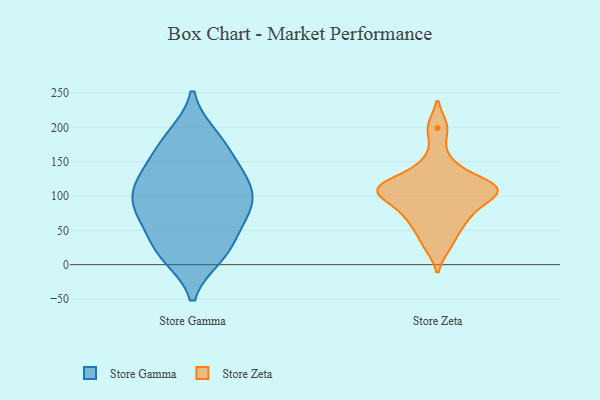
{"axis": {"x": "Energy Usage (MWh)", "y": "Value"}, "legend": ["Store Gamma", "Store Zeta"], "data": [{"x": "", "y": 23, "type": "Store Gamma"}, {"x": "", "y": 116, "type": "Store Gamma"}, {"x": "", "y": 167, "type": "Store Gamma"}, {"x": "", "y": 128, "type": "Store Gamma"}, {"x": "", "y": 184, "type": "Store Gamma"}, {"x": "", "y": 78, "type": "Store Gamma"}, {"x": "", "y": 143, "type": "Store Gamma"}, {"x": "", "y": 67, "type": "Store Gamma"}, {"x": "", "y": 74, "type": "Store Gamma"}, {"x": "", "y": 13, "type": "Store Gamma"}, {"x": "", "y": 128, "type": "Store Gamma"}, {"x": "", "y": 94, "type": "Store Gamma"}, {"x": "", "y": 14, "type": "Store Gamma"}, {"x": "", "y": 105, "type": "Store Gamma"}, {"x": "", "y": 34, "type": "Store Gamma"}, {"x": "", "y": 187, "type": "Store Gamma"}, {"x": "", "y": 84, "type": "Store Gamma"}, {"x": "", "y": 100, "type": "Store Zeta"}, {"x": "", "y": 149, "type": "Store Zeta"}, {"x": "", "y": 28, "type": "Store Zeta"}, {"x": "", "y": 110, "type": "Store Zeta"}, {"x": "", "y": 116, "type": "Store Zeta"}, {"x": "", "y": 116, "type": "Store Zeta"}, {"x": "", "y": 76, "type": "Store Zeta"}, {"x": "", "y": 53, "type": "Store Zeta"}, {"x": "", "y": 109, "type": "Store Zeta"}, {"x": "", "y": 199, "type": "Store Zeta"}, {"x": "", "y": 74, "type": "Store Zeta"}, {"x": "", "y": 109, "type": "Store Zeta"}]}